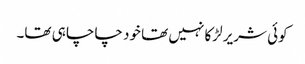
کوئی شریر لڑکا نہیں تھا خود چاچا ہی تھا۔